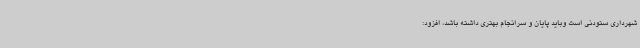
شهرداری ستودنی است وباید پایان و سرانجام بهتری داشته باشد، افزود: